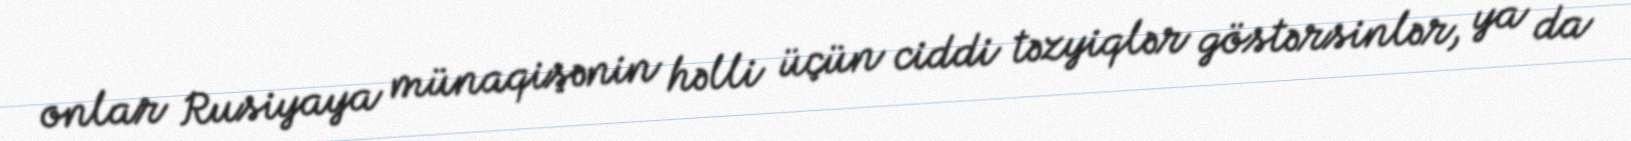
onlar Rusiyaya münaqişənin həlli üçün ciddi təzyiqlər göstərsinlər, ya da